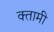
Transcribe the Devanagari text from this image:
क्तामी